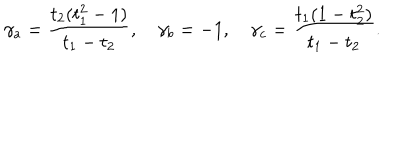
LaTeX: \gamma _ { a } = { \frac { t _ { 2 } ( t _ { 1 } ^ { 2 } - 1 ) } { t _ { 1 } - t _ { 2 } } } , \quad \gamma _ { b } = - 1 , \quad \gamma _ { c } = { \frac { t _ { 1 } ( 1 - t _ { 2 } ^ { 2 } ) } { t _ { 1 } - t _ { 2 } } } .